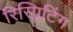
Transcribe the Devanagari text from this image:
रिस्प्लिटिंग